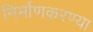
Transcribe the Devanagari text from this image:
निर्माणकरण्या